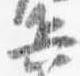
兵